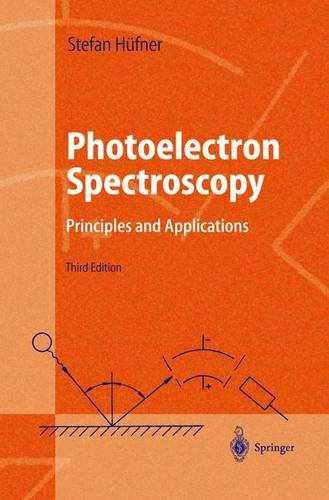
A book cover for Photoelectron Spectroscopy; Stephan HÃ¼fner; Science & Math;